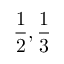
{ \frac { 1 } { 2 } } , { \frac { 1 } { 3 } }